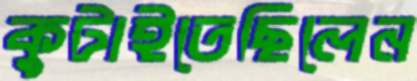
কুটাইতেছিলেন